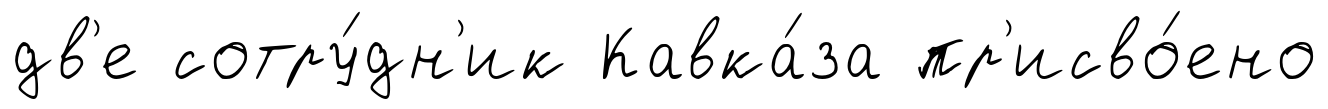
дв'е сотру́дн'ик Кавка́за пр'исво́ено